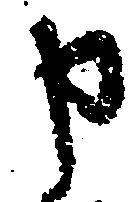
申